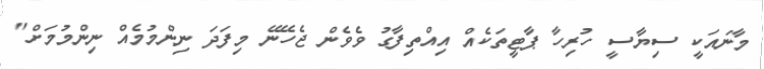
މާނައަކީ ސިޔާސީ ހުރިހާ ޕާޓީތަކެއް އިއްތިފާގު ވެެވެން ޖެހޭނޭ މިފަދަ ނިންމުމެއް ނިންމުމަށް"